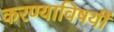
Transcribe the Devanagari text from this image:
करण्याविषयीं